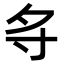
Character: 𪧷